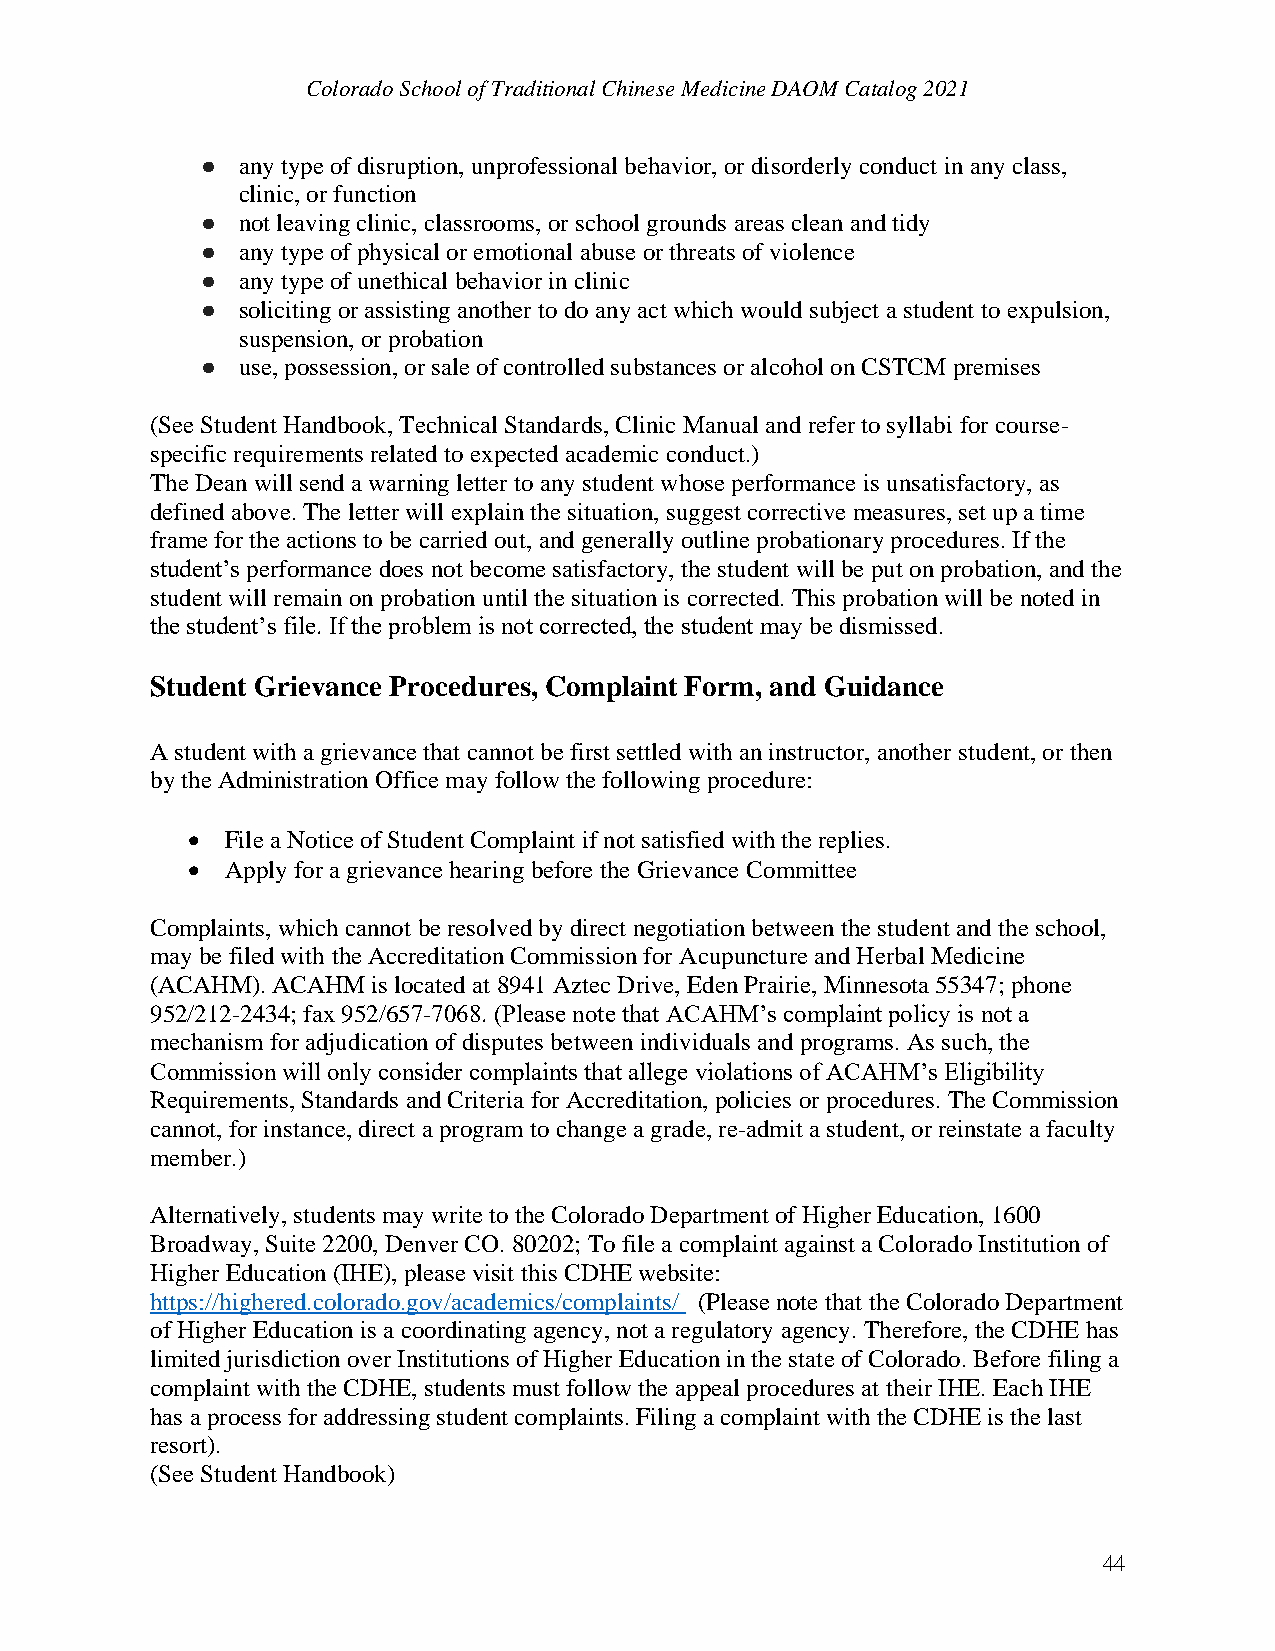
Colorado School of Traditional Chinese Medicine DAOM Catalog 2021
 ●  any type of disruption, unprofessional behavior, or disorderly conduct in any class,
 clinic, or function
 ●  not leaving clinic, classrooms, or school grounds areas clean and tidy
 ●  any type of physical or emotional abuse or threats of violence
 ●  any type of unethical behavior in clinic
 ●  soliciting or assisting another to do any act which would subject a student to expulsion,
 suspension, or probation
 ●  use, possession, or sale of controlled substances or alcohol on CSTCM premises
 (See Student Handbook, Technical Standards, Clinic Manual and refer to syllabi for course-
 specific requirements related to expected academic conduct.)
 The Dean will send a warning letter to any student whose performance is unsatisfactory, as
 defined above. The letter will explain the situation, suggest corrective measures, set up a time
 frame for the actions to be carried out, and generally outline probationary procedures. If the
 student’s performance does not become satisfactory, the student will be put on probation, and the
 student will remain on probation until the situation is corrected. This probation will be noted in
 the student’s file. If the problem is not corrected, the student may be dismissed.
 Student Grievance Procedures, Complaint Form, and Guidance
 A student with a grievance that cannot be first settled with an instructor, another student, or then
 by the Administration Office may follow the following procedure:
 •  File a Notice of Student Complaint if not satisfied with the replies.
 •  Apply for a grievance hearing before the Grievance Committee
 Complaints, which cannot be resolved by direct negotiation between the student and the school,
 may be filed with the Accreditation Commission for Acupuncture and Herbal Medicine
 (ACAHM). ACAHM is located at 8941 Aztec Drive, Eden Prairie, Minnesota 55347; phone
 952/212-2434; fax 952/657-7068. (Please note that ACAHM’s complaint policy is not a
 mechanism for adjudication of disputes between individuals and programs. As such, the
 Commission will only consider complaints that allege violations of ACAHM’s Eligibility
 Requirements, Standards and Criteria for Accreditation, policies or procedures. The Commission
 cannot, for instance, direct a program to change a grade, re-admit a student, or reinstate a faculty
 member.)
 Alternatively, students may write to the Colorado Department of Higher Education, 1600
 Broadway, Suite 2200, Denver CO. 80202; To file a complaint against a Colorado Institution of
 Higher Education (IHE), please visit this CDHE website:
 https://highered.colorado.gov/academics/complaints/ (Please note that the Colorado Department
 of Higher Education is a coordinating agency, not a regulatory agency. Therefore, the CDHE has
 limited jurisdiction over Institutions of Higher Education in the state of Colorado. Before filing a
 complaint with the CDHE, students must follow the appeal procedures at their IHE. Each IHE
 has a process for addressing student complaints. Filing a complaint with the CDHE is the last
 resort).
 (See Student Handbook)
 44